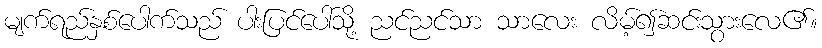
မျက်ရည်နှစ်ပေါက်သည် ပါးပြင်ပေါ်သို့ ညင်ညင်သာ သာလေး လိမ့်၍ဆင်းသွားလေ၏။